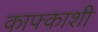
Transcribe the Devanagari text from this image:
काफ्काशी